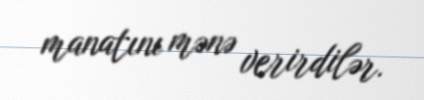
manatını mənə verirdilər.